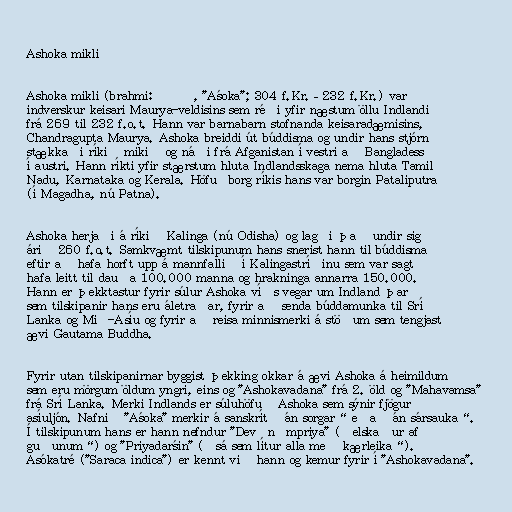
Ashoka mikli

Ashoka mikli (brahmi: 𑀅𑀲𑁄𑀓, "Aśoka"; 304 f.Kr.–232 f.Kr.) var
indverskur keisari Maurya-veldisins sem réði yfir næstum öllu Indlandi
frá 269 til 232 f.o.t. Hann var barnabarn stofnanda keisaradæmisins,
Chandragupta Maurya. Ashoka breiddi út búddisma og undir hans stjórn
stækkaði ríkið mikið og náði frá Afganistan í vestri að Bangladess
í austri. Hann ríkti yfir stærstum hluta Indlandsskaga nema hluta Tamil
Nadu, Karnataka og Kerala. Höfuðborg ríkis hans var borgin Pataliputra
(í Magadha, nú Patna).

Ashoka herjaði á ríkið Kalinga (nú Odisha) og lagði það undir sig
árið 260 f.o.t. Samkvæmt tilskipunum hans snerist hann til búddisma
eftir að hafa horft upp á mannfallið í Kalingastríðinu sem var sagt
hafa leitt til dauða 100.000 manna og hrakninga annarra 150.000.
Hann er þekktastur fyrir súlur Ashoka víðs vegar um Indland þar
sem tilskipanir hans eru áletraðar, fyrir að senda búddamunka til Srí
Lanka og Mið-Asíu og fyrir að reisa minnismerki á stöðum sem tengjast
ævi Gautama Buddha.

Fyrir utan tilskipanirnar byggist þekking okkar á ævi Ashoka á heimildum
sem eru mörgum öldum yngri, eins og "Ashokavadana" frá 2. öld og "Mahavamsa"
frá Srí Lanka. Merki Indlands er súluhöfuð Ashoka sem sýnir fjögur
asíuljón. Nafnið "Aśoka" merkir á sanskrít „án sorgar“ eða „án sársauka“.
Í tilskipunum hans er hann nefndur "Devānāmpriya" („elskaður af
guðunum“) og "Priyadarśin" („sá sem lítur alla með kærleika“).
Asókatré ("Saraca indica") er kennt við hann og kemur fyrir í "Ashokavadana".